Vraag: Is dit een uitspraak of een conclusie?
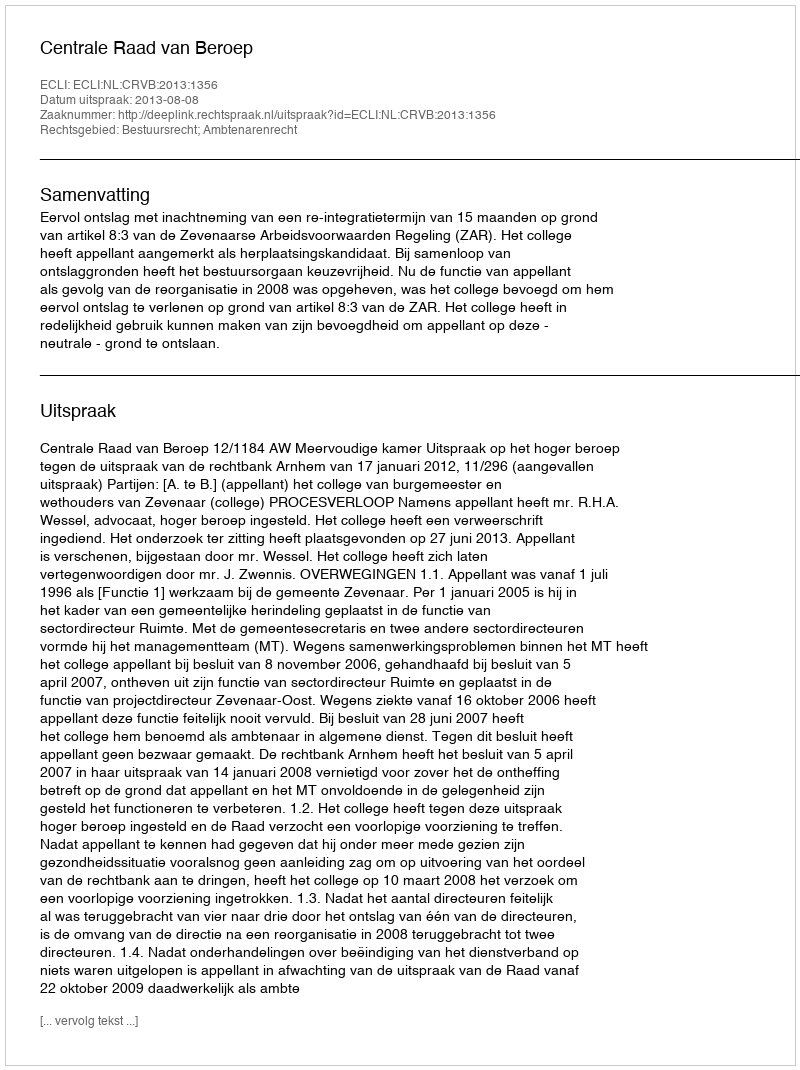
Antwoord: Uitspraak